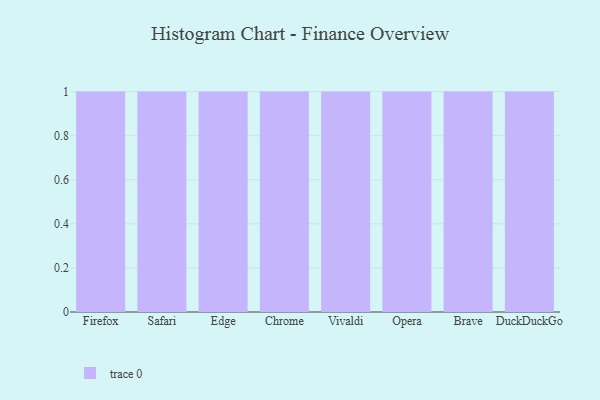
{"axis": {"x": "Browser", "y": "Shipments"}, "legend": [""], "data": [{"x": "Firefox", "y": 30, "type": ""}, {"x": "Safari", "y": 94, "type": ""}, {"x": "Edge", "y": 67, "type": ""}, {"x": "Chrome", "y": 51, "type": ""}, {"x": "Vivaldi", "y": 47, "type": ""}, {"x": "Opera", "y": 55, "type": ""}, {"x": "Brave", "y": 62, "type": ""}, {"x": "DuckDuckGo", "y": 76, "type": ""}]}